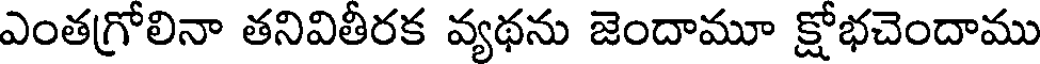
ఎంతగ్రోలినా తనివితీరక వ్యథను జెందామూ క్షోభచెందాము